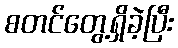
စတင်တွေ့ရှိခဲ့ပြီး